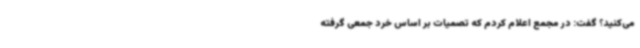
می‌کنید؟ گفت: در مجمع اعلام کردم که تصمیات بر اساس خرد جمعی گرفته